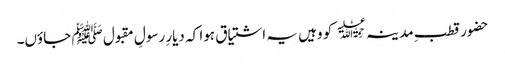
حضور قطبِ مد ینہ﷫ کو وہیں یہ اشتیاق ہوا کہ دیارِ رسولِ مقبول ﷺ جاؤں۔